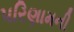
પરિણામની